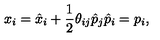
x _ { i } = \hat { x } _ { i } + \frac { 1 } { 2 } \theta _ { i j } \hat { p } _ { j } \hat { p } _ { i } = p _ { i } ,